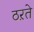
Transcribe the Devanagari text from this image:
ठऱते